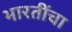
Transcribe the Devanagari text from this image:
भारतींचा